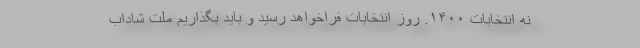
نه انتخابات ۱۴۰۰. روز انتخابات فراخواهد رسید و باید بگذاریم ملت شاداب